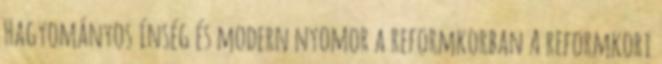
Hagyományos ínség és modern nyomor a reformkorban A reformkori